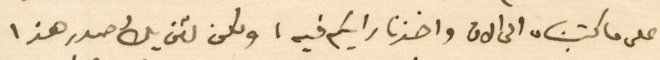
على ما كتبناه الى الان واخذنا رايكم فيه ، ولكن لئن يكُ صدر هذا